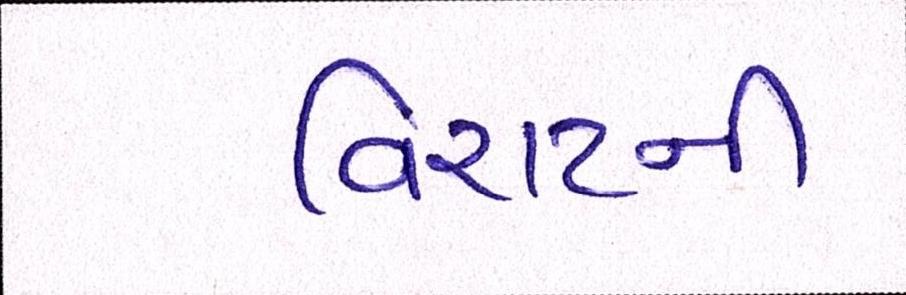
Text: વિરાટની